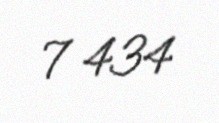
7 434